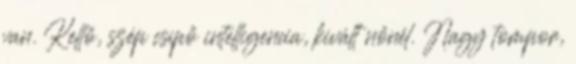
van. Kellő, szép csípő intelligencia, kivált nőnél. Nagy tompor,